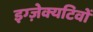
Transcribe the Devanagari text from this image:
इग्ज़ेक्यटिवों